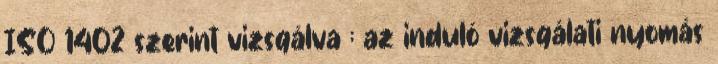
ISO 1402 szerint vizsgálva ; az induló vizsgálati nyomás